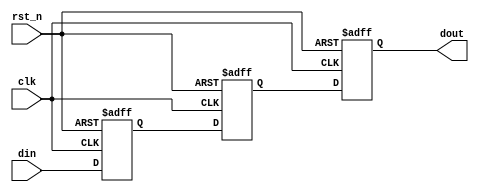
module D_trigger3(
        clk    ,
        rst_n  ,
        din		,

        dout
);


parameter      DATA_W =         8;

input     			    clk    ;
input					    rst_n  ;
input[DATA_W-1:0]     din    ;


output[DATA_W-1:0]  dout   ;

reg   [DATA_W-1:0]  dout   ;

reg   [DATA_W-1:0]  dtemp1   ;
reg   [DATA_W-1:0]  dtemp2   ;

always@(posedge clk or negedge rst_n)begin
if(rst_n==1'b0)begin
    dtemp1 <= 0;
end
else begin
    dtemp1 <= din;
end
end

always  @(posedge clk or negedge rst_n)begin
    if(rst_n==1'b0)begin
        dtemp2 <= 0;
    end
    else begin
        dtemp2 <= dtemp1;
    end
end

always  @(posedge clk or negedge rst_n)begin
    if(rst_n==1'b0)begin
        dout <= 0;
    end
    else begin
        dout <= dtemp2;
    end
end


endmodule